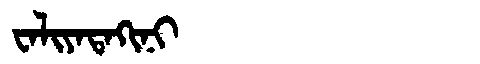
Manchu: ᠸᠠᠯᡳᠶᠠᡨᠠᡴᡳᠨᡳ
Romanization: WALIYATAKINI